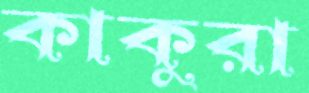
কাকুরা